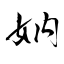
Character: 妠